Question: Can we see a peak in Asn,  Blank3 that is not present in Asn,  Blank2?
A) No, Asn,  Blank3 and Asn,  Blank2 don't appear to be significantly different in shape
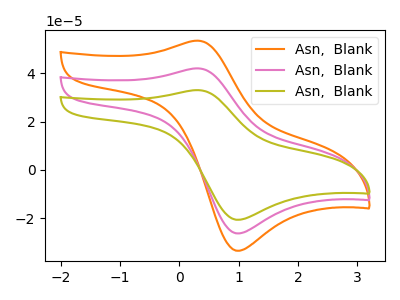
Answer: <think>The orange curve "Asn,  Blank1" has an anodic peak at (0.30V, 84.15uA) and a cathodic peak at (1.00V, -52.70uA). The pink curve "Asn,  Blank2" has an anodic peak at (0.30V, 42.10uA) and a cathodic peak at (1.00V, -26.35uA). The olive curve "Asn,  Blank3" has an anodic peak at (0.30V, 33.05uA) and a cathodic peak at (1.00V, -20.70uA).
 All the peaks in "Asn,  Blank3" have a peak in "Asn,  Blank2" at the same potential. Every peak in "Asn,  Blank3" is lower than every peak in "Asn,  Blank2".</think>
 <answer>A) No, "Asn,  Blank3" and "Asn,  Blank2" don't appear to be significantly different in shape</answer>
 <eval>A</eval>